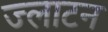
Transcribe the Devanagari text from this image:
ज्लाटन